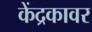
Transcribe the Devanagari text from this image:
केंद्रकावर